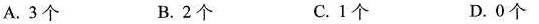
A.3个 B.2个 C.1个 D.0个